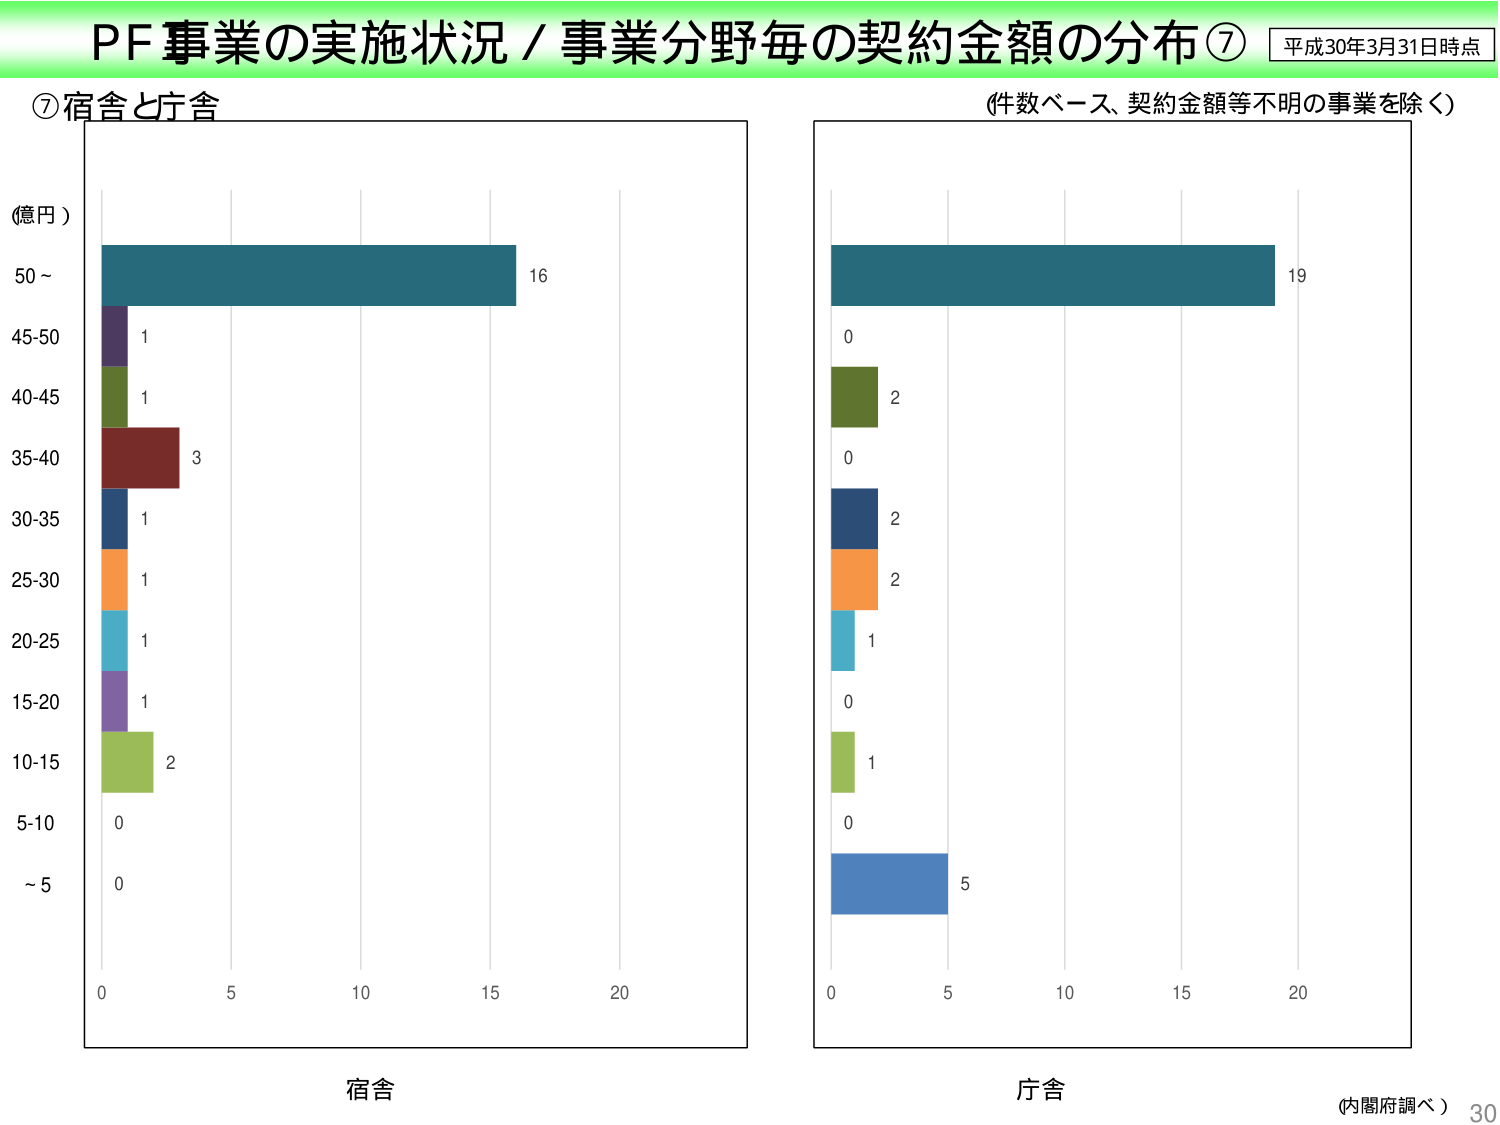
PF事業の実施状況／事業分野毎の契約金額の分布⑦ 平成30年3月31日時点
⑦宿舎と庁舎
(件数ベース、契約金額等不明の事業を除く)
(億円)
50～ 16
45-50 1
40-45 1
35-40 3
30-35 1
25-30 1
20-25 1
15-20 1
10-15 2
5-10 0
～5 0
0 5 10 15 20
宿舎
0 2
0 2
0 2
1
0 1
0
5
0 5 10 15 20
庁舎
(内閣府調べ) 30